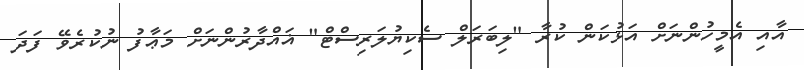
އާއި އެމީހުންނަށް އަޅުކަން ކުރާ "ލިބަރަލް ސެކިޔުލަރިސްޓް" ޣައްދާރުންނަށް މަޢާފު ނުކުރެވޭ ފަދަ